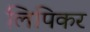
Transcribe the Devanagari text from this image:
लिपिकर